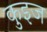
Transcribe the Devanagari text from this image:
कुइज